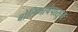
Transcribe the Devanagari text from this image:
बोलिभाषेपासून